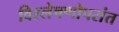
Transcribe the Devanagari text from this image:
विश्लेषणोपरांत